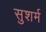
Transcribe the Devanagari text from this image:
सुशर्म